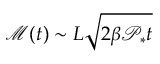
\mathcal { M } ( t ) \sim L \sqrt { 2 \beta \mathcal { P } _ { * } t }